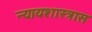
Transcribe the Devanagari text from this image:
न्यायशास्त्रास